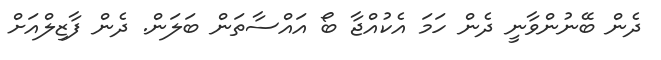
ދެން ބޭނުންވާނީ ދެން ހަމަ އެކުއްޖާ ބޯ އައްސާތަން ބަލަން. ދެން ފާޒިލްއަށް